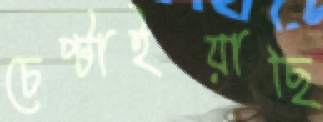
চেপ্‌টাইয়াছি